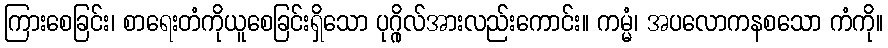
ကြားစေခြင်း၊ စာရေးတံကိုယူစေခြင်းရှိသော ပုဂ္ဂိုလ်အားလည်းကောင်း။ ကမ္မံ၊ အပလောကနစသော ကံကို။